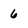
Character: 6